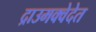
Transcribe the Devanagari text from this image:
द्राउमक्वेदेत